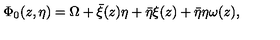
\Phi _ { 0 } ( z , \eta ) = \Omega + \bar { \xi } ( z ) \eta + \bar { \eta } \xi ( z ) + \bar { \eta } \eta \omega ( z ) ,